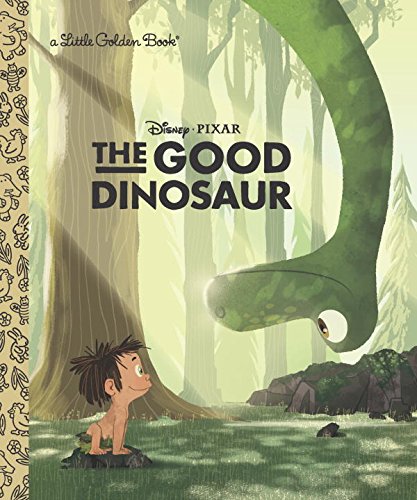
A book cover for The Good Dinosaur Little Golden Book (Disney/Pixar The Good Dinosaur); Bill Scollon; Children's Books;